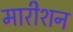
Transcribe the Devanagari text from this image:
मारीशन